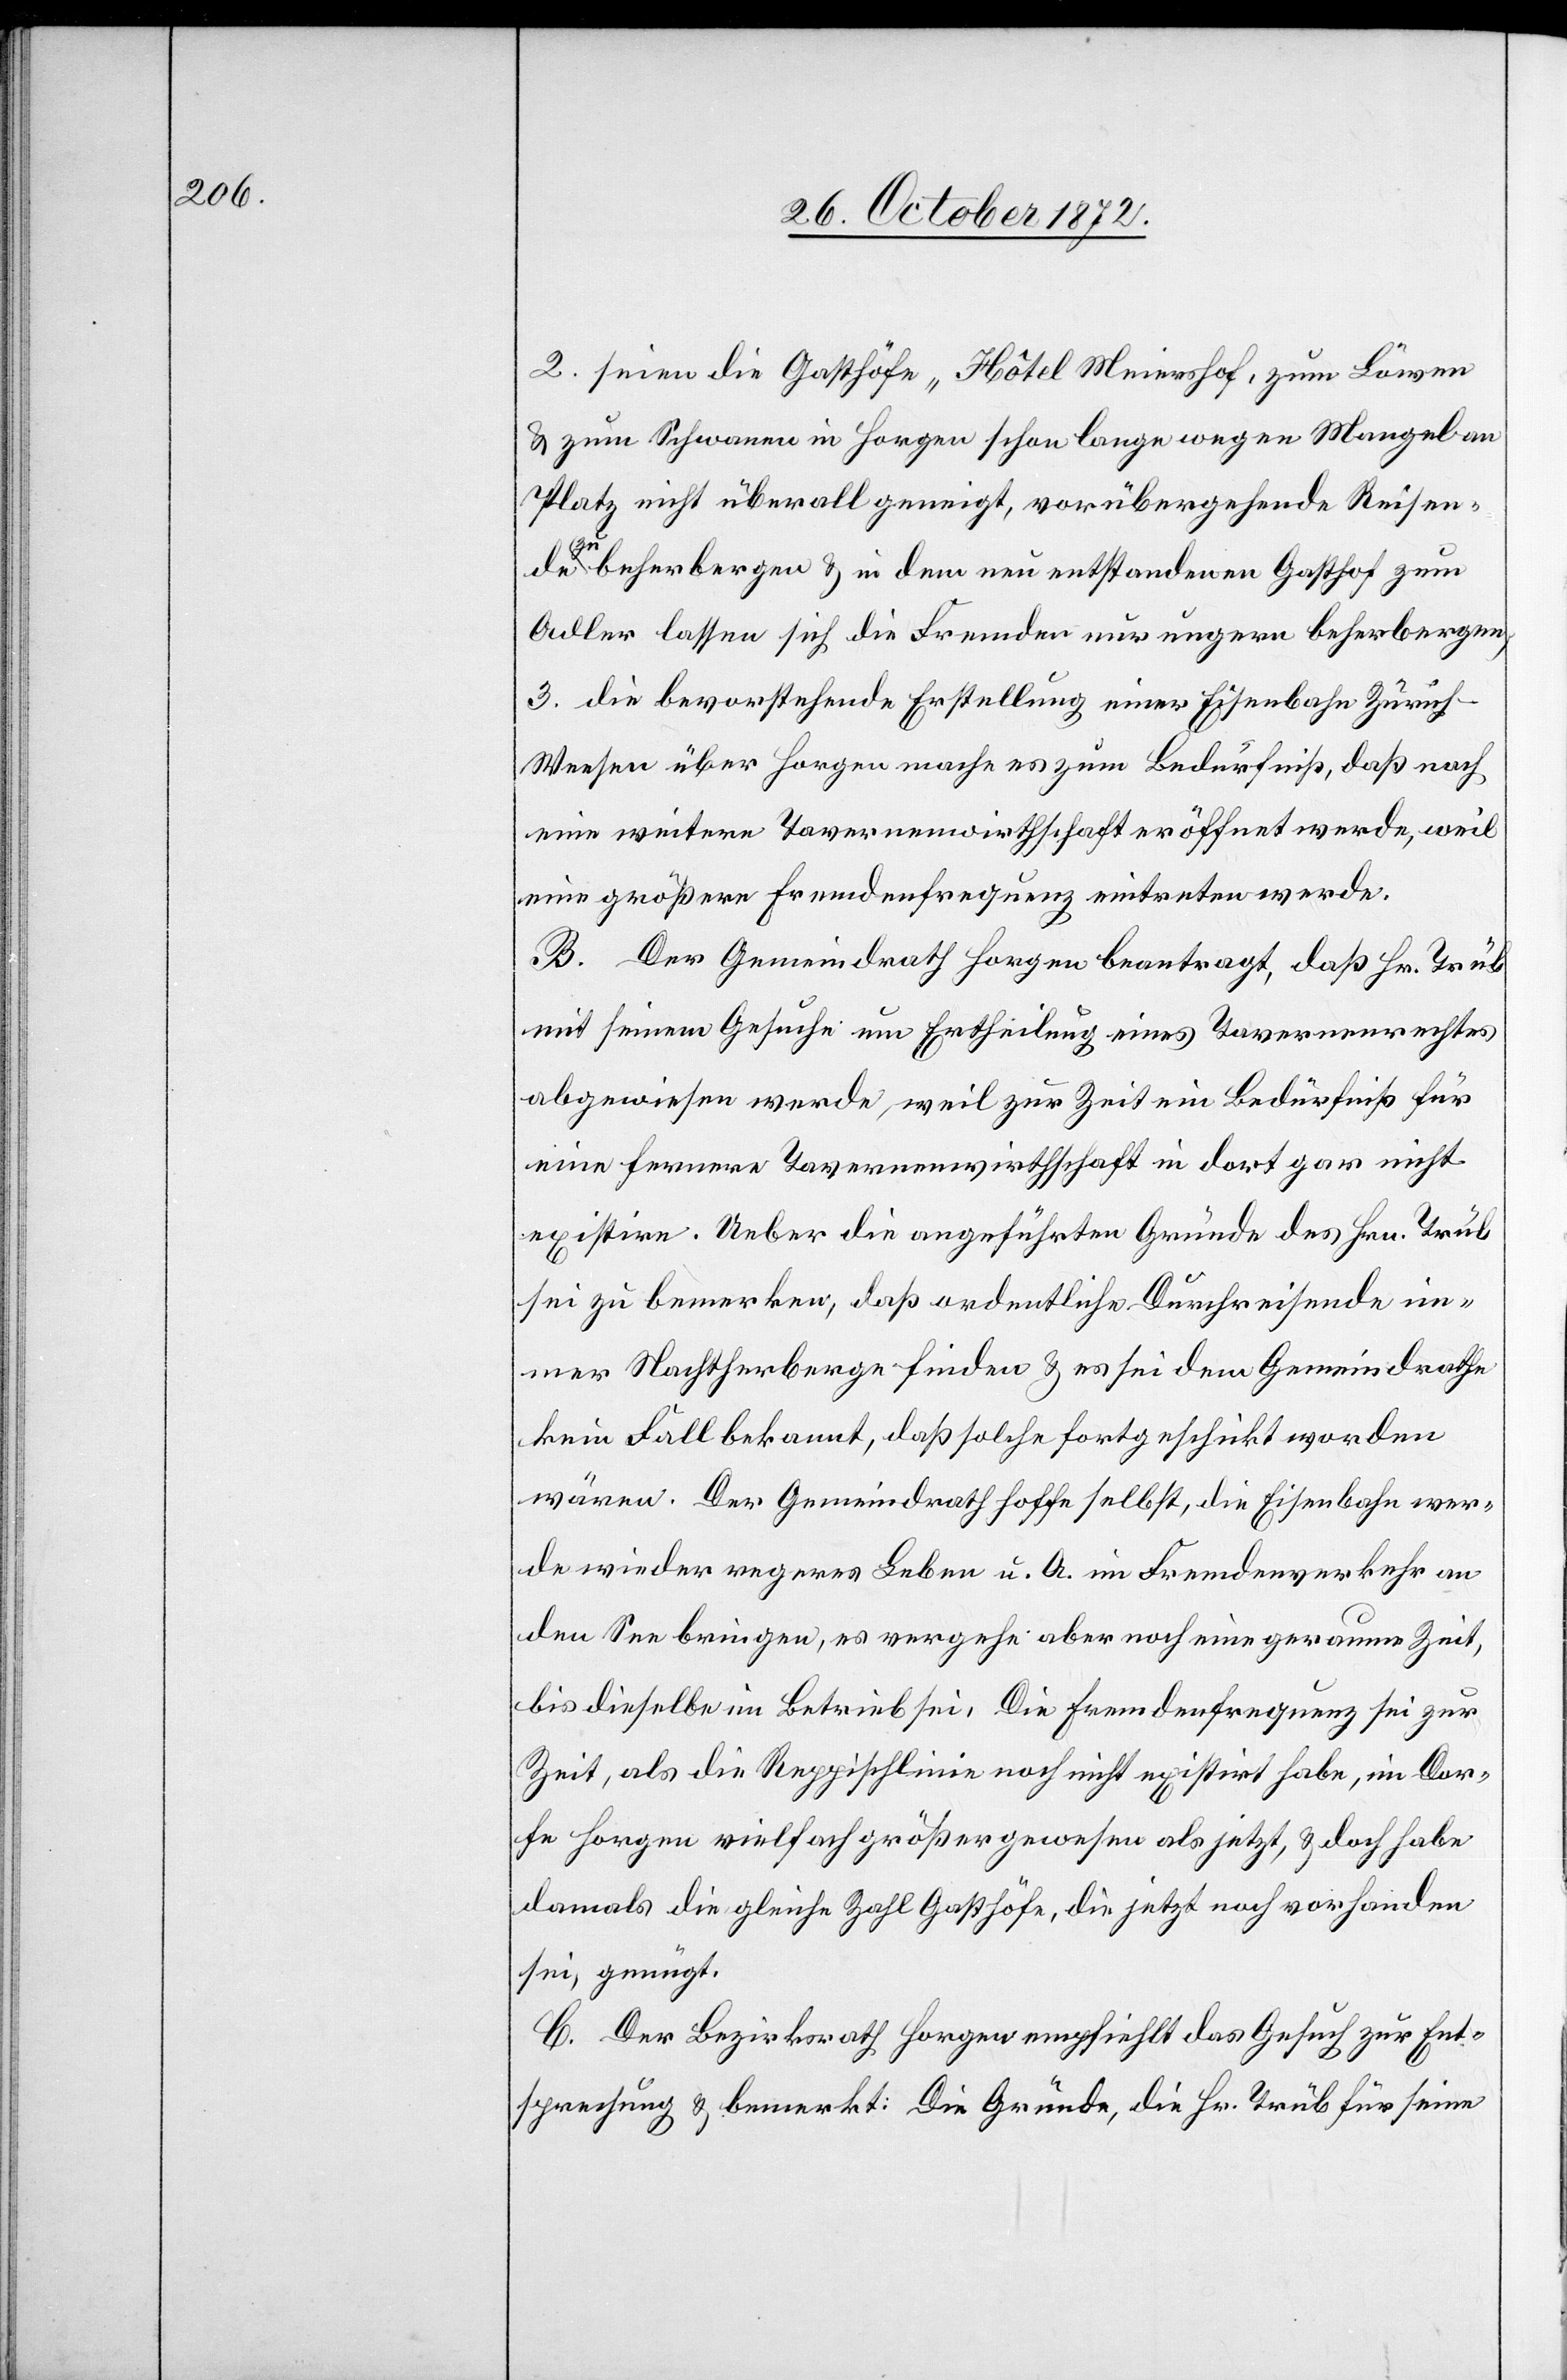
2. seien die Gasthöfe „Hôtel Meiershof, zum Löwen
u. zum Schwanen in Horgen schon lange wegen Mangel an
Platz nicht überall geneigt, vorübergehende Reisende
zu beherbergen u. in dem neu entstandenen Gasthof zum
Adler lassen sich die Fremden nur ungern beherbergen;
3. die bevorstehende Erstellung einer Eisenbahn Züric¬
h–Weesen über Horgen mache es zum Bedürfniß, daß noch
eine weitere Tavernenwirthschaft eröffnet werde, weil
eine größere Fremdenfrequenz eintreten werde.
B. Der Gemeindrath Horgen beantragt, daß Hr. Trüb
mit seinem Gesuche um Ertheilung eines Tavernenrechtes
abgewiesen werde, weil zur Zeit ein Bedürfniß für
eine fernere Tavernenwirthschaft in dort gar nicht
existire. Ueber die angeführten Gründe des Hrn. Trüb
sei zu bemerken, daß ordentliche Durchreisende im¬
mer Nachtherberge finden u. es sei dem Gemeindrathe
kein Fall bekannt, daß solche fortgeschickt worden
wären. Der Gemeindrath hoffe selbst, die Eisenbahn wer¬
de wieder regeres Leben u. A. im Fremdenverkehr an
den See bringen, es vergehe aber noch eine geraume Zeit,
bis dieselbe im Betrieb sei. Die Fremdenfrequenz sei zur
Zeit, als die Reppischlinie noch nicht existirt habe, im Dor¬
fe Horgen vielfach größer gewesen als jetzt, u. doch habe
damals die gleiche Zahl Gasthöfe, die jetzt noch vorhanden
sei, genügt.
C. Der Bezirksrath Horgen empfiehlt das Gesuch zur Ent¬
sprechung u. bemerkt: Die Gründe, die Hr. Trüb für seine